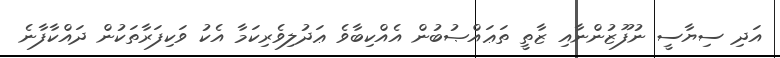
އަދި ސިޔާސީ ނުފޫޒުންނާއި ޒާތީ ތަޢައްޞުބުން އެއްކިބާވެ ޢަދުލިވެރިކަމާ އެކު ވަކިފަރާތަކުން ދައްކާފާނެ